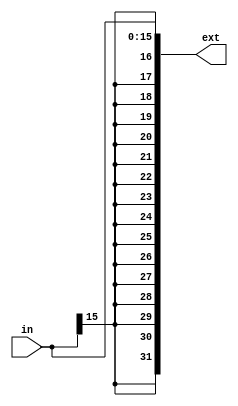
`timescale 1ns / 1ps

module sign_extension(in, ext);

input[15:0] in;
output[31:0] ext;

assign ext = {{16{in[15]}},in};

endmodule